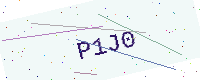
Text: P1J0